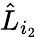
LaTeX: \hat{L}_{i_{2}}